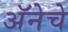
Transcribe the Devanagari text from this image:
अॅनेचे